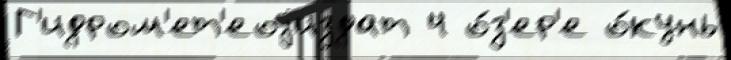
Г'идром'ет'еоjиздат 4 о́з'ер'е о́кунь